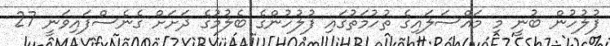
ފުލުހުން ބުނީ މި މައްސަލައިގެ ތުހުމަތުގައި ފުލުހުންގެ ބެލުމުގެ ދަށަށް ގެނެސްފައިވަނީ 27